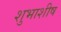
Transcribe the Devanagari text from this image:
शुभाशीष